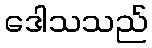
ဒေါသသည်